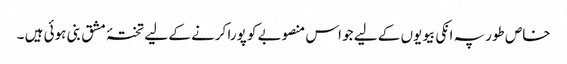
خاص طور پہ انکی بیویوں کے لیے جو اس منصوبے کو پورا کرنے کے لیے تختۂ مشق بنی ہوئی ہیں ۔